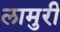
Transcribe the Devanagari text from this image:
लामुरी